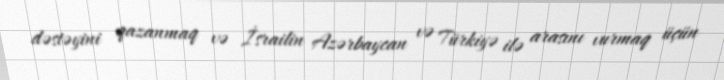
dəstəyini qazanmaq və İsrailin Azərbaycan və Türkiyə ilə arasını vurmaq üçün